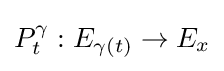
P_{t}^{\gamma }:E_{\gamma (t)}\to E_{x}